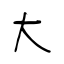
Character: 大